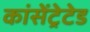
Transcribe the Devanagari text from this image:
कांसेंट्रेटेड